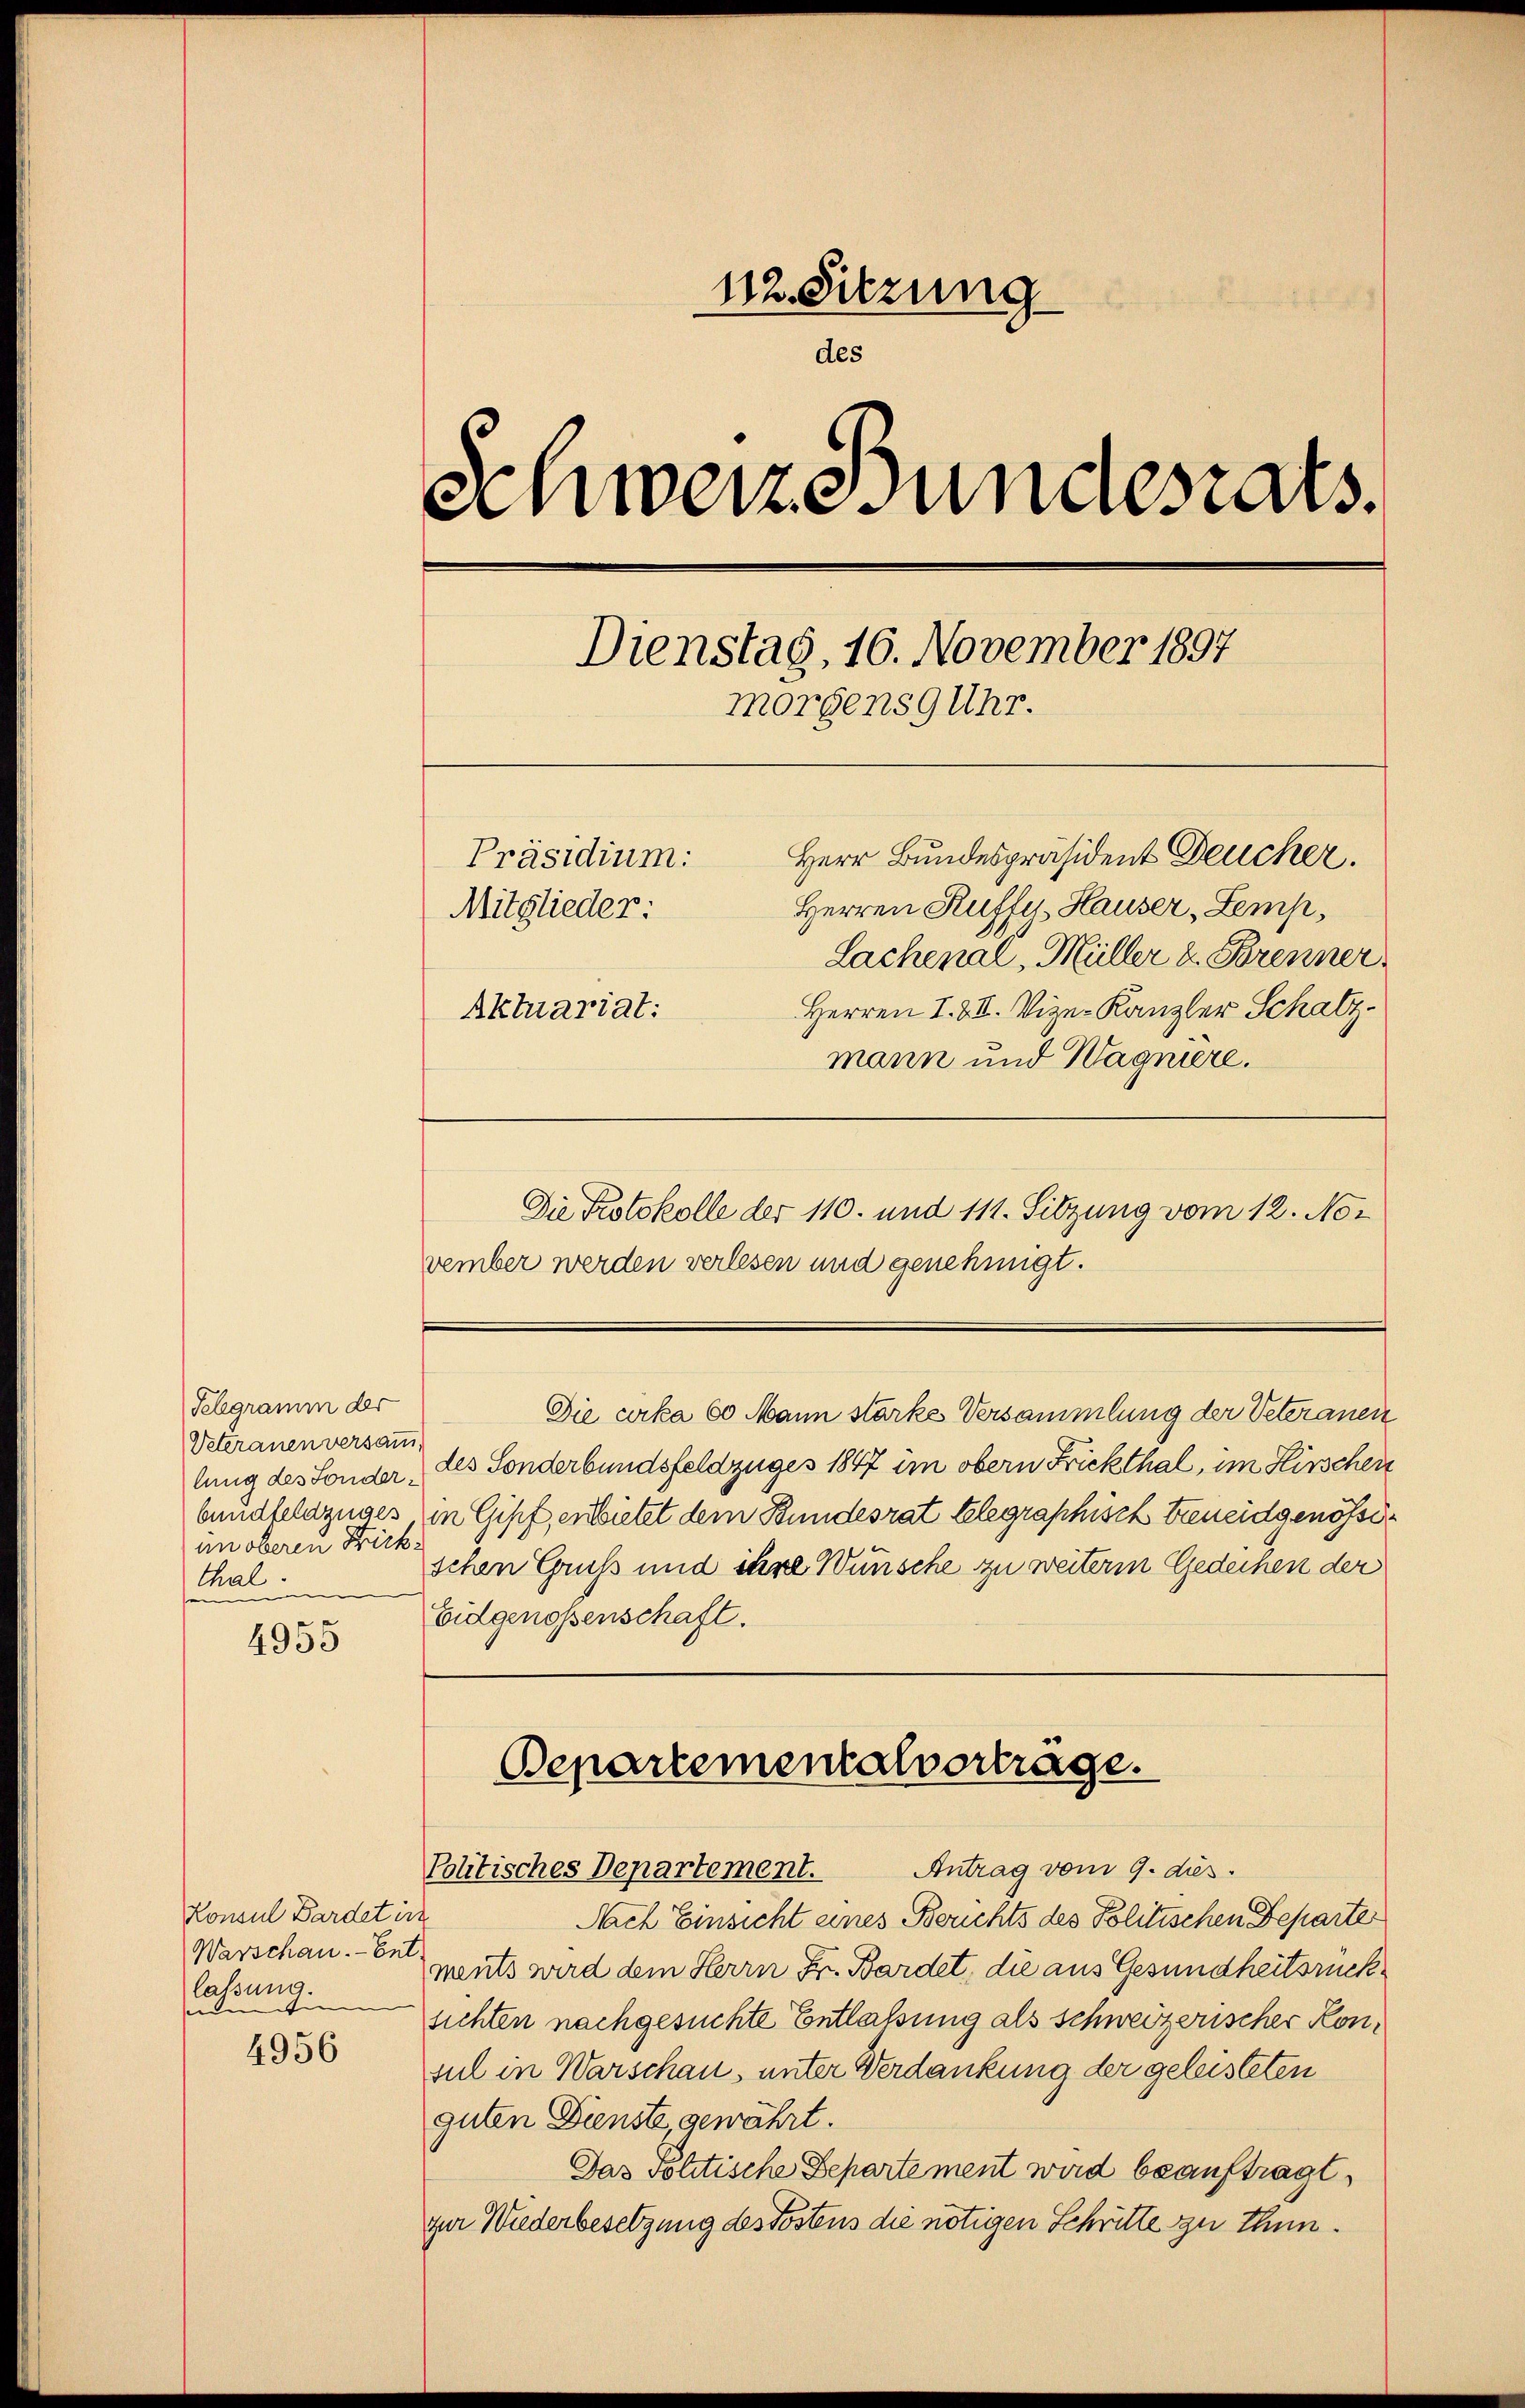
Telegramm der
Veteranen versamm
un oberen Frick
thal.

4955

Konsul Bardet in
Warschau. Ent
lassung.
inten

4956

112. Sitzung
des
Schweiz Bundesrats.
Dienstag, 16. November 1897
morgens 9 Uhr.
Herr Bundespräsident Deucher.
Präsidium:
Herren Kuffe, Hauser, Zemp,
Mitglieder:
Lachenal, Müller u. Brenner
Herren I. III. Vize-Kanzler Schatz.
Aktuariat:
mann und Wagniere.

Die Protokolle der 110. und 111. Sitzung vom 12. No-
vember werden verlesen und genehmigt.
Die cirka 60 Mann stärke Versammlung der Veteranen
lung des Sonder, des Sonderbundsfeldzuges 1847 im obern Frickthal, im Hirschen
buudfeldzuges, in Gipf, entsietet dem Bundesrat telegraphisch breneidgenösseschen Gruß und ihre Wünsche zu weiterm Gedichen der
Eidgenossenschaft.

Bepartementalverträge.

Politisches Departement. Antrag vom 9. dies
Nach Einsicht eines Berichts des Politischen Departe
ments wird dem Herrn Fr. Bardet, die aus Gesundheitsrücksichten nachgesuchte Entlaßung als Schweizerischer Konsul in Warschau, unter Verdankung der geleisteten
guten Dienste gewährt.
Das Politische Departe ment wird beauftragt,
zur Wiederbesetzung des Postens die nötigen Schritte zu thun.